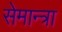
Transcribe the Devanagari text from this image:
सेमान्त्रा